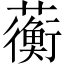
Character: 蘅